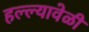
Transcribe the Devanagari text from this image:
हल्ल्यावेळी